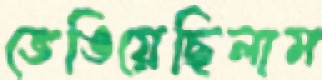
ভেঙিয়েছিলাম